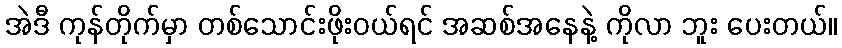
အဲဒီ ကုန်တိုက်မှာ တစ်သောင်းဖိုးဝယ်ရင် အဆစ်အနေနဲ့ ကိုလာ ဘူး ပေးတယ်။